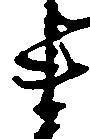
ま